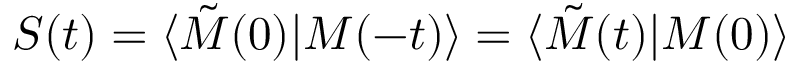
S ( t ) = \langle \tilde { M } ( 0 ) \vert M ( - t ) \rangle = \langle \tilde { M } ( t ) \vert M ( 0 ) \rangle